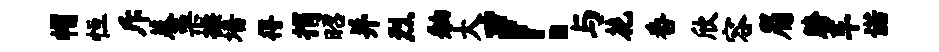
帽恒斥葵栗操墙得捐昭并烈舳大！与花番欣容眉胯车诺